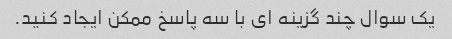
یک سوال چند گزینه ای با سه پاسخ ممکن ایجاد کنید.